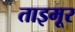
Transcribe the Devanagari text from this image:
ताइमूर